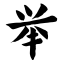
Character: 举